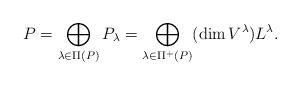
LaTeX: \begin{align*}P=\bigoplus_{\lambda \in \Pi(P)} P_{\lambda} = \bigoplus_{\lambda \in \Pi^{+}(P)} (\dim V^{\lambda} ) L^{\lambda} .\end{align*}